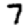
Digit: 7